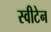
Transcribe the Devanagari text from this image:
स्वीटेन